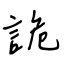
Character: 詭